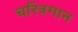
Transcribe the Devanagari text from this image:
चरित्रगान